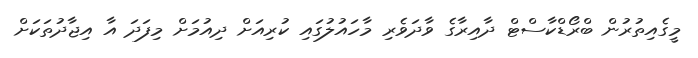
މީގެއިތުރުން ބްރޯޑްކާސްޓް ދާއިރާގެ ވާދަވެރި މާހައުލުގައި ކުރިއަށް ދިއުމަށް މިފަދަ އާ އިޖާދުތަކަށް